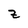
Character: z